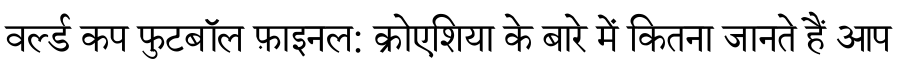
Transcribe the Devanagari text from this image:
वर्ल्ड कप फुटबॉल फ़ाइनल: क्रोएशिया के बारे में कितना जानते हैं आप